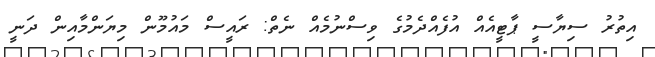
އިތުރު ސިޔާސީ ޕާޓީއެއް އުފެއްދެމުގެ ވިސްނުމެއް ނެތް: ރައީސް މައުމޫން މިޔަންމާއިން ދަނީ